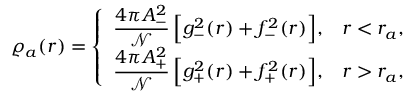
\varrho _ { a } ( r ) = \left\{ \begin{array} { c c } { \displaystyle \frac { 4 \pi A _ { - } ^ { 2 } } { \mathcal { N } } \, \Big [ g _ { - } ^ { 2 } ( r ) + f _ { - } ^ { 2 } ( r ) \Big ] , } & { r < r _ { a } , } \\ { \displaystyle \frac { 4 \pi A _ { + } ^ { 2 } } { \mathcal { N } } \, \Big [ g _ { + } ^ { 2 } ( r ) + f _ { + } ^ { 2 } ( r ) \Big ] , } & { r > r _ { a } , } \end{array} \right.